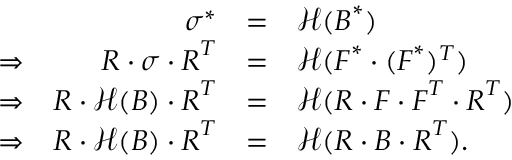
\ { \begin{array} { r r c l } & { { \boldsymbol { \sigma } } ^ { * } } & { = } & { { \mathcal { H } } ( { \boldsymbol { B } } ^ { * } ) } \\ { \Rightarrow } & { { \boldsymbol { R } } \cdot { \boldsymbol { \sigma } } \cdot { \boldsymbol { R } } ^ { T } } & { = } & { { \mathcal { H } } ( { \boldsymbol { F } } ^ { * } \cdot ( { \boldsymbol { F } } ^ { * } ) ^ { T } ) } \\ { \Rightarrow } & { { \boldsymbol { R } } \cdot { \mathcal { H } } ( { \boldsymbol { B } } ) \cdot { \boldsymbol { R } } ^ { T } } & { = } & { { \mathcal { H } } ( { \boldsymbol { R } } \cdot { \boldsymbol { F } } \cdot { \boldsymbol { F } } ^ { T } \cdot { \boldsymbol { R } } ^ { T } ) } \\ { \Rightarrow } & { { \boldsymbol { R } } \cdot { \mathcal { H } } ( { \boldsymbol { B } } ) \cdot { \boldsymbol { R } } ^ { T } } & { = } & { { \mathcal { H } } ( { \boldsymbol { R } } \cdot { \boldsymbol { B } } \cdot { \boldsymbol { R } } ^ { T } ) . } \end{array} }